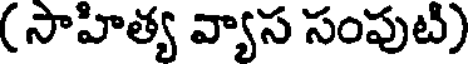
( సాహిత్య వ్యాస సంపుటి)